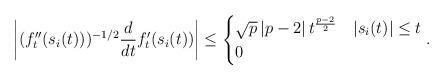
LaTeX: \begin{align*}\left|(f_{t}''(s_{i}(t)))^{-1/2}\frac{d}{dt}f_{t}'(s_{i}(t))\right|\leq\begin{cases}\sqrt{p}\left|p-2\right|t^{\frac{p-2}{2}} & |s_{i}(t)|\leq t\\0 & \end{cases}.\end{align*}